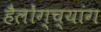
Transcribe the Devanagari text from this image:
हैलोंग्च्यांग